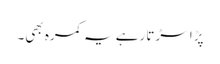
پڑا سڑتا رہے یہ کمرہ بھی۔